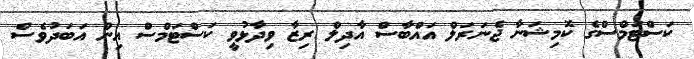
ކަސްޓަމްސްގެ ކޮމިޝަނާ ޖެނަރަލް އައްބާސް އާދިލް ރިޒާ ވިދާޅުވީ ކަސްޓަމްސް އިން އަބަދުވެސް